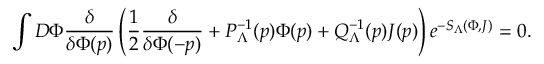
\int D \Phi \frac { \delta } { \delta \Phi ( p ) } \left( \frac { 1 } { 2 } \frac { \delta } { \delta \Phi ( - p ) } + P _ { \Lambda } ^ { - 1 } ( p ) \Phi ( p ) + Q _ { \Lambda } ^ { - 1 } ( p ) J ( p ) \right) e ^ { - S _ { \Lambda } ( \Phi , J ) } = 0 .